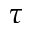
\tau